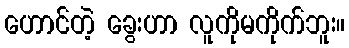
ဟောင်တဲ့ ခွေးဟာ လူကိုမကိုက်ဘူး။